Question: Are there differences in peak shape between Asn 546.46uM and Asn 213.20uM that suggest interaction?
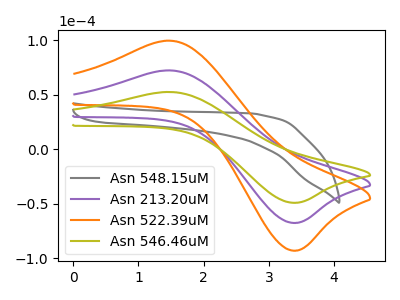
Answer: <think>The gray curve "Asn 548.15uM" has no peaks. The purple curve "Asn 213.20uM" has an anodic peak at (1.50V, 72.35uA) and a cathodic peak at (3.45V, -67.45uA). The orange curve "Asn 522.39uM" has an anodic peak at (1.50V, 144.65uA) and a cathodic peak at (3.45V, -134.90uA). The olive curve "Asn 546.46uM" has an anodic peak at (1.50V, 52.55uA) and a cathodic peak at (3.45V, -49.00uA).
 All the peaks in "Asn 546.46uM" have a peak in "Asn 213.20uM" at the same potential. Every peak in "Asn 546.46uM" is lower than every peak in "Asn 213.20uM".</think>
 <answer>No, "Asn 546.46uM" and "Asn 213.20uM" don't appear to be significantly different in shape</answer>
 <eval>no_change</eval>